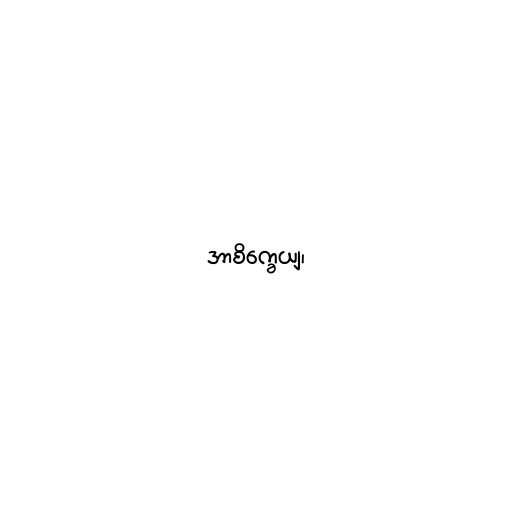
အာစိက္ခေယျ၊